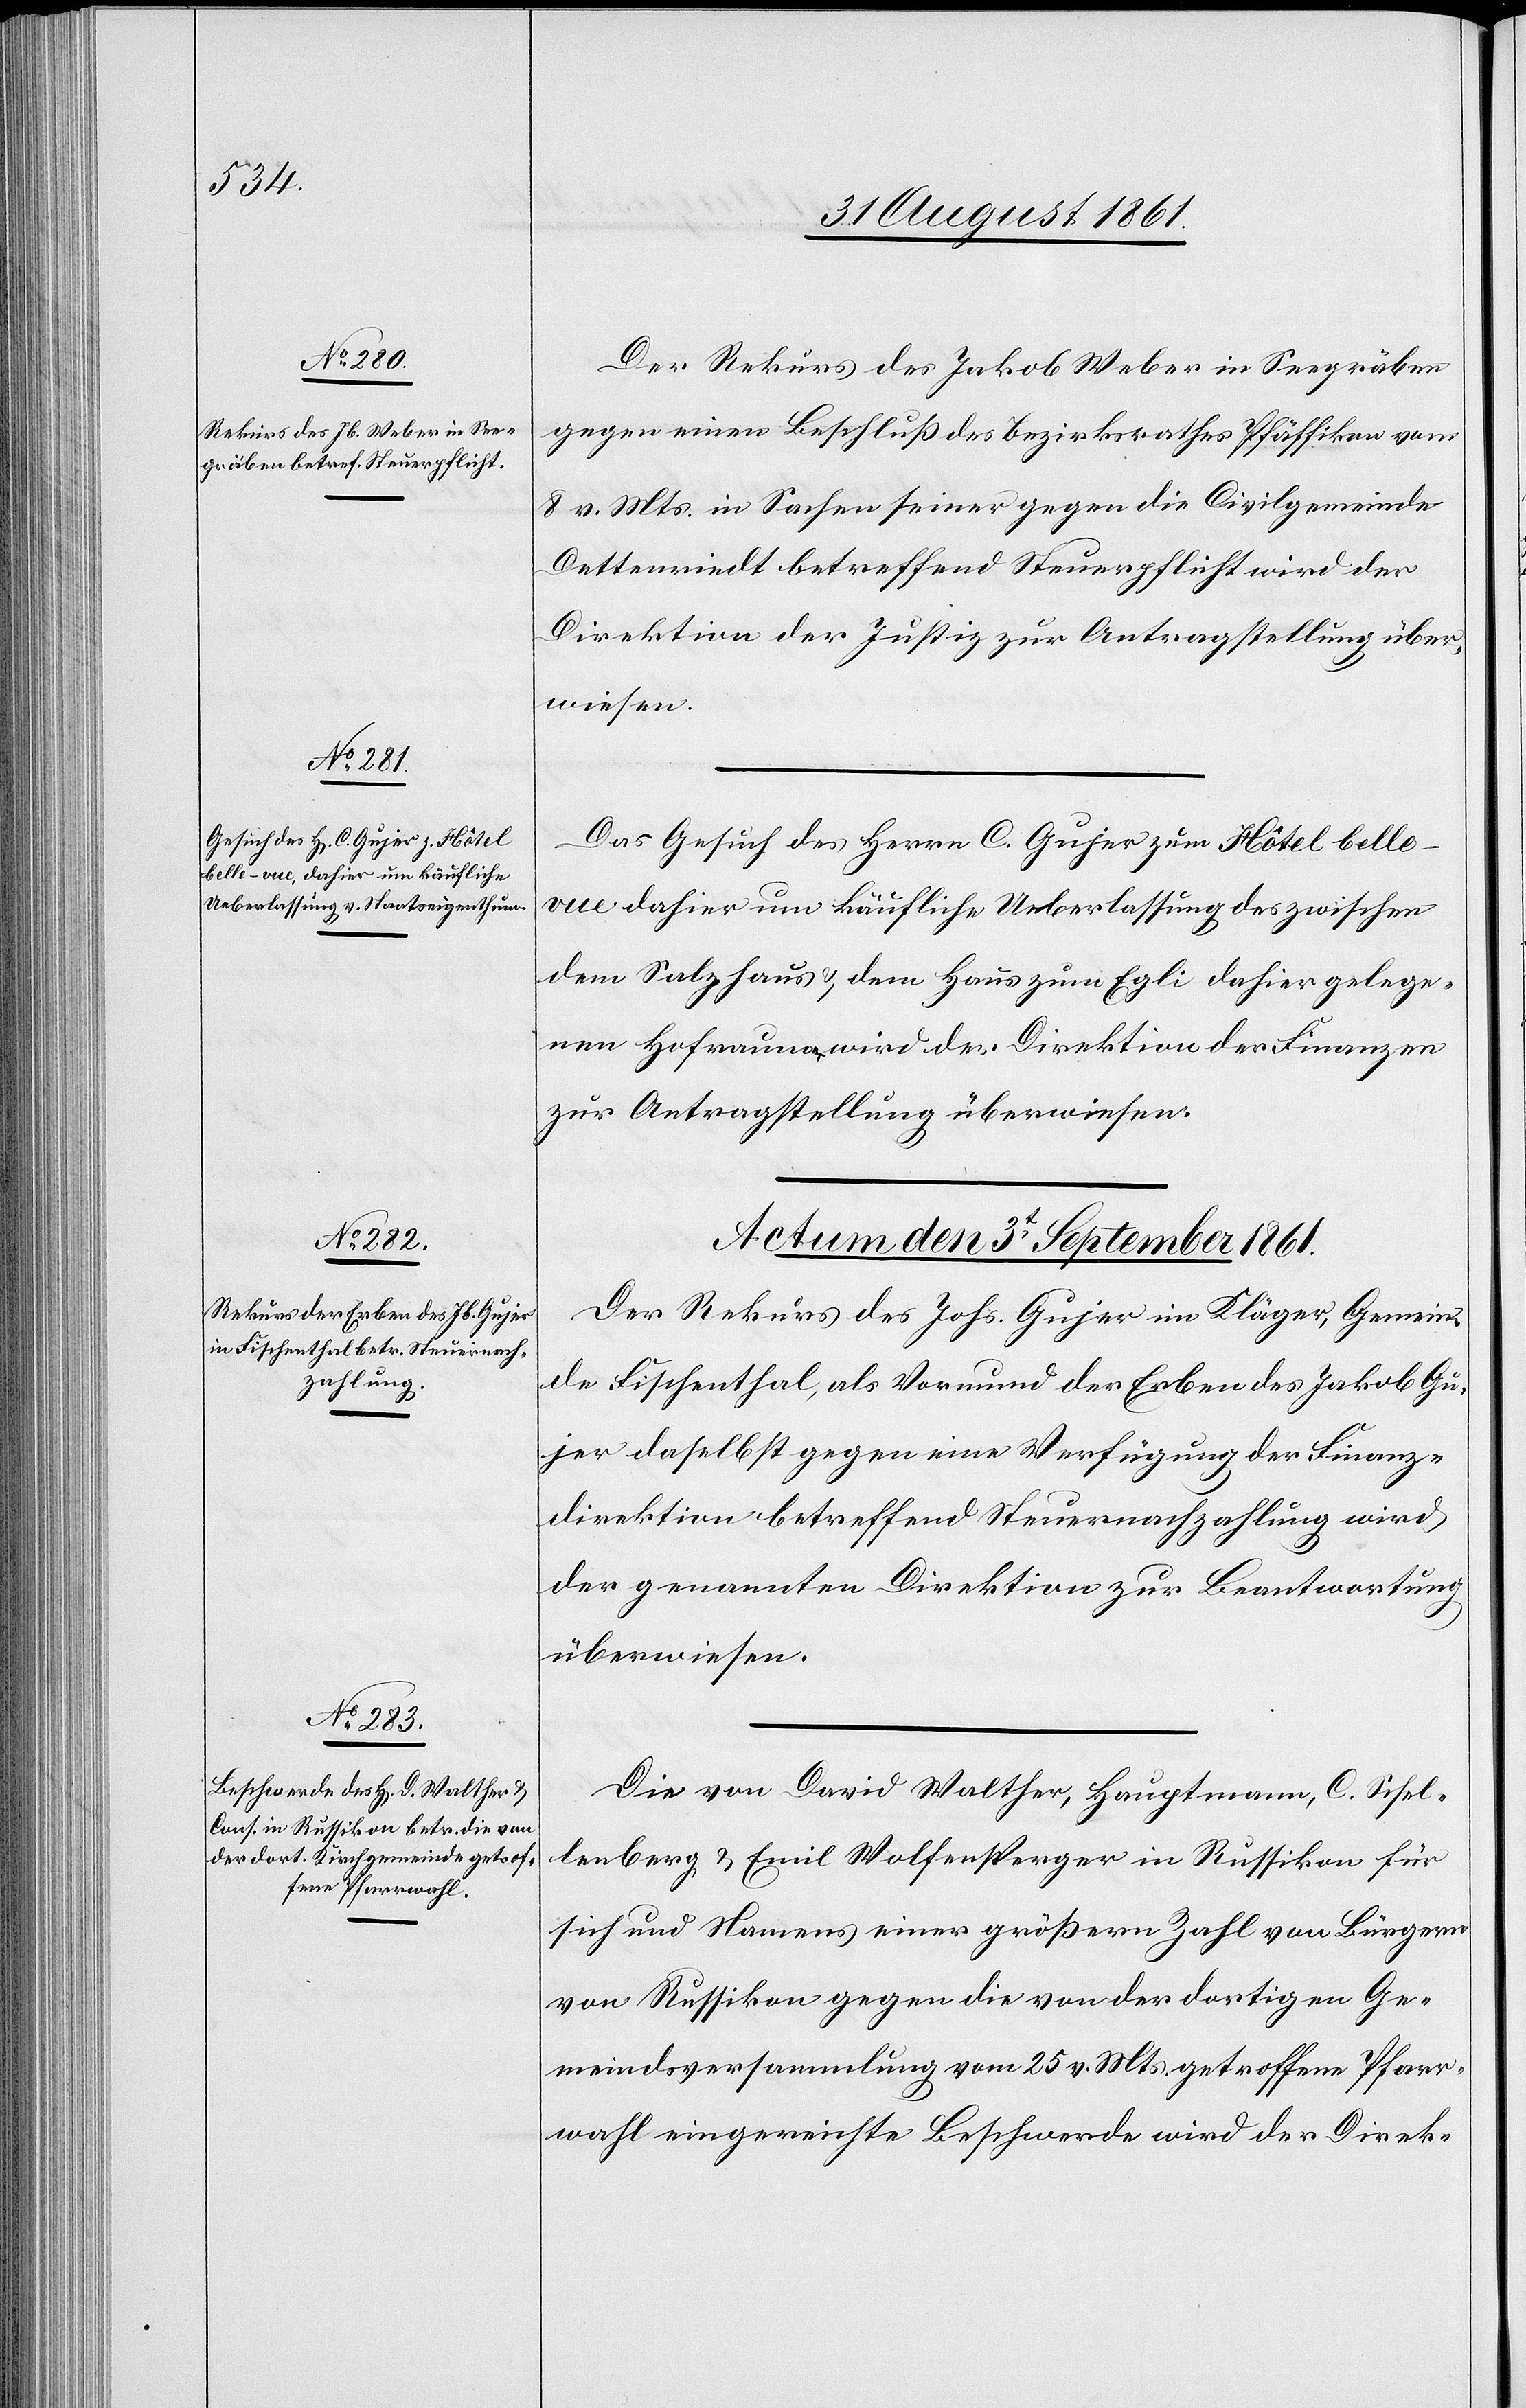
Der Rekurs des Jakob Weber in Seegräben
gegen einen Beschluß des Bezirksrathes Pfäffikon vom
8 v. Mts. in Sachen seiner gegen die Civilgemeinde
Dettenriedt betreffend Steuerpflicht wird der
Direktion der Justiz zur Antragstellung über¬
wiesen.
Das Gesuch des Herrn C. Gujer zum Hôtel belle-v¬
ue dahier um käufliche Unterlassung des zwischen
dem Salzhaus u. dem Haus zum Egli dahier gelege¬
nen Hofraume wird der Direktion der Finanzen
zur Antragstellung überwiesen.
Actum den 3t September 1861.]
Der Rekurs des Johs. Gujer im Kläger, Gemein¬
de Fischenthal, als Vormund der Erben des Jakob Gu¬
jer daselbst gegen eine Verfügung der Finanz¬
direktion betreffend Steuernachzahlung wird
der genannten Direktion zur Beantwortung
überwiesen.
Die von David Walther, Hauptmann, C. Schel¬
lenberg u. Emil Wolfensberger in Russikon für
sich und Namens einer größern Zahl von Bürgern
von Russikon gegen die von der dortigen Ge¬
meindsversammlung vom 25 v. Mts. getroffene Pfarr¬
wahl eingereichte Beschwerde wird der Direk-